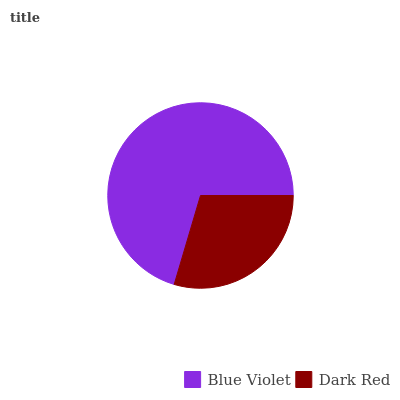
| Blue Violet | Dark Red |
 | --- | --- |
 | 70.4% | 29.6% |